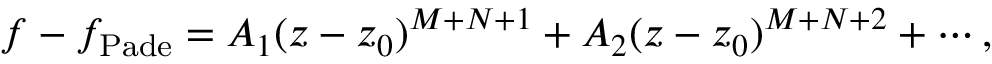
f - f _ { \mathrm { P a d e } } = A _ { 1 } ( z - z _ { 0 } ) ^ { M + N + 1 } + A _ { 2 } ( z - z _ { 0 } ) ^ { M + N + 2 } + \cdots ,